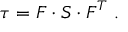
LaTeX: { \boldsymbol { \tau } } = { \boldsymbol { F } } \cdot { \boldsymbol { S } } \cdot { \boldsymbol { F } } ^ { T } ~ .